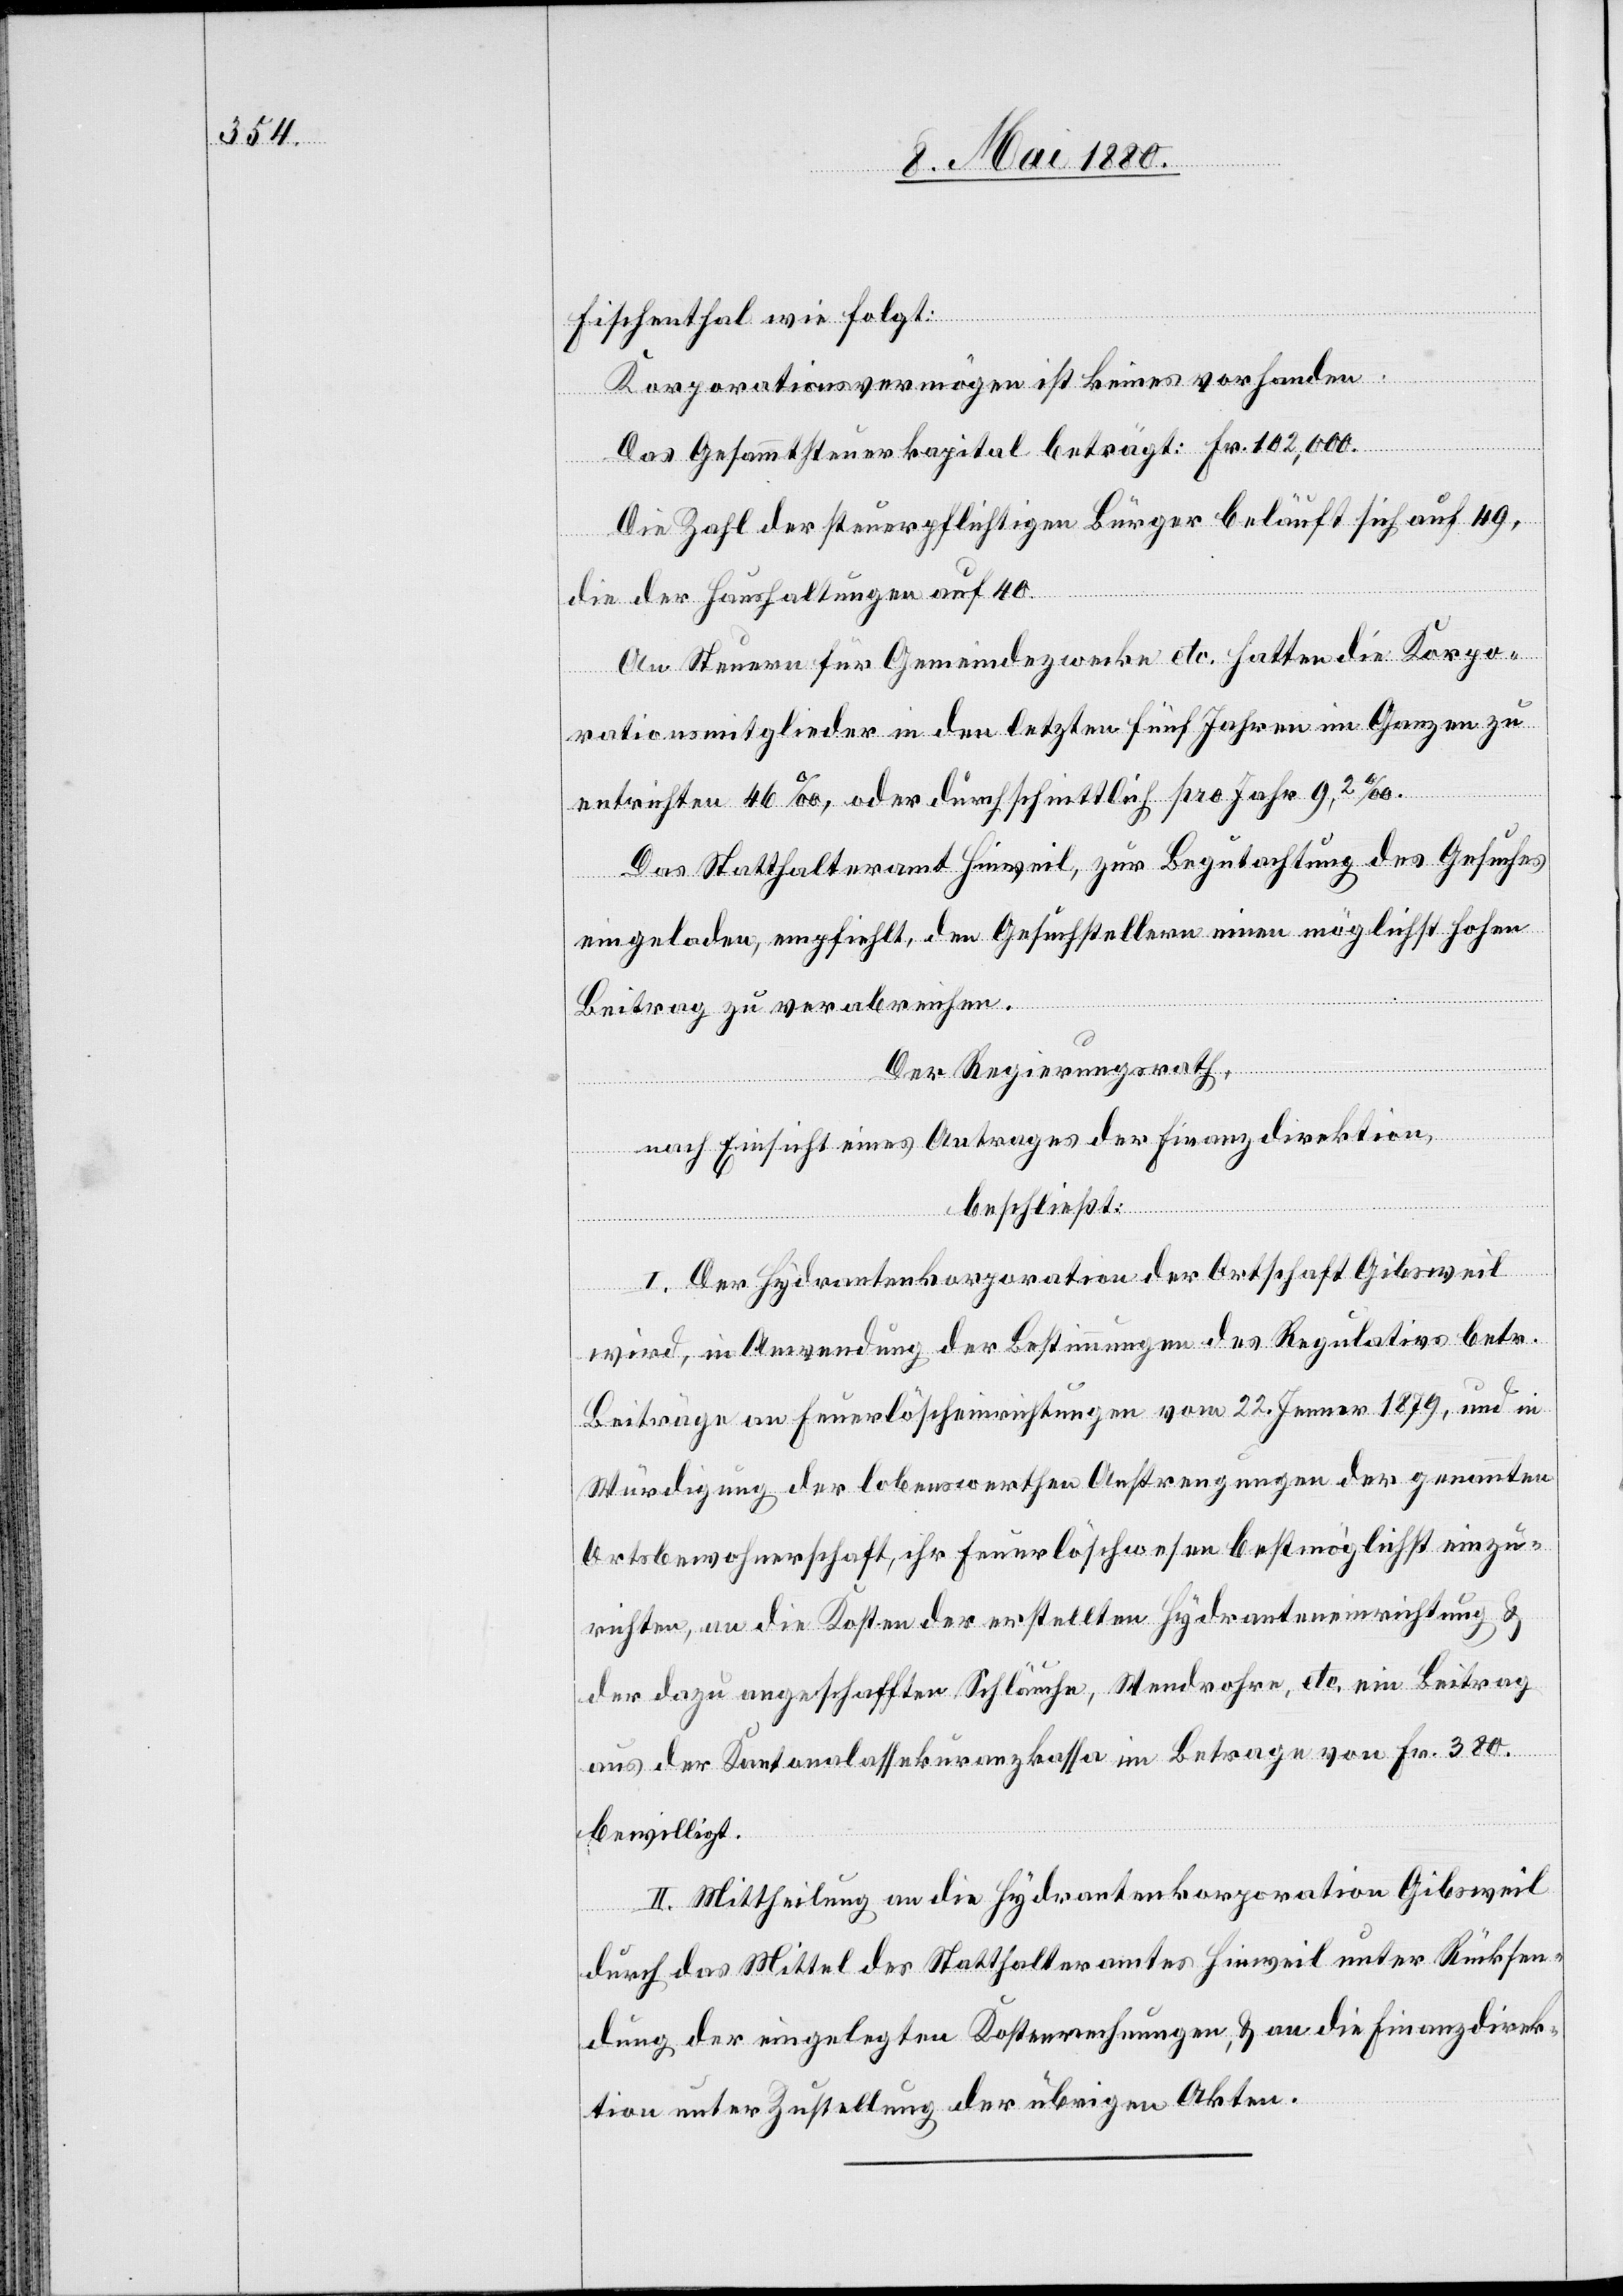
Fischenthal wie folgt:
Korporationsvermögen ist keines vorhanden.
Das Gesammtsteuerkapital beträgt: Fr. 102 000.
Die Zahl der steuerpflichtigen Bürger beläuft sich auf 49,
die der Haushaltungen auf 40.
An Steuern für Gemeindezwecke etc. hatten die Korpo¬
rationsmitglieder in den letzten fünf Jahren im Ganzen zu
entrichten 46‰, oder durchschnittlich pro Jahr 9,2‰.
Das Statthalteramt Hinweil, zur Begutachtung des Gesuches
eingeladen, empfiehlt den Gesuchstellern einen möglichst hohen
Beitrag zu verabreichen.
Der Regierungsrath,
nach Einsicht eines Antrages der Finanzdirektion,
beschließt:
I. Der Hydrantenkorporation der Ortschaft Gibsweil
wird, in Anwendung der Bestimmungen des Regulativs betr.
Beiträge an Feuerlöscheinrichtungen vom 22. Jenner 1879, und in
Würdigung der lobenswerthen Anstrengungen der genannten
Ortsbewohnerschaft, ihr Feuerlöschwesen bestmöglichst einzu¬
richten, an die Kosten der erstellten Hydranteneinrichtung &
der dazu angeschafften Schläuche, Wendrohre, etc. ein Beitrag
aus der Kantonalassekuranzkasse im Betrage von Fr. 380.
bewilligt.
II. Mittheilung an die Hydrantenkorporation Gibsweil
durch das Mittel des Statthalteramtes Hinweil unter Rücksen¬
dung der eingelegten Kostenrechnungen & an die Finanzdirek¬
tion unter Zustellung der übrigen Akten.